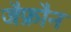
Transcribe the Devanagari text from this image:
जैफ्रौन